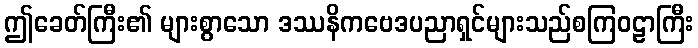
ဤခေတ်ကြီး၏ များစွာသော ဒဿနိကဗေဒပညာရှင်များသည်စကြဝဠာကြီး